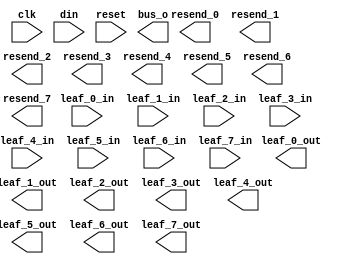
module bft_level_1(
  input clk,
  input [195:0] din,
  input [48:0] leaf_0_in,
  input [48:0] leaf_1_in,
  input [48:0] leaf_2_in,
  input [48:0] leaf_3_in,
  input [48:0] leaf_4_in,
  input [48:0] leaf_5_in,
  input [48:0] leaf_6_in,
  input [48:0] leaf_7_in,
  input reset,

  output [195:0] bus_o,
  output [48:0] leaf_0_out,
  output [48:0] leaf_1_out,
  output [48:0] leaf_2_out,
  output [48:0] leaf_3_out,
  output [48:0] leaf_4_out,
  output [48:0] leaf_5_out,
  output [48:0] leaf_6_out,
  output [48:0] leaf_7_out,
  output resend_0,
  output resend_1,
  output resend_2,
  output resend_3,
  output resend_4,
  output resend_5,
  output resend_6,
  output resend_7);



endmodule